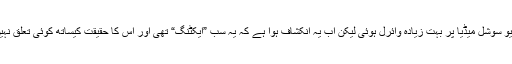
یہ ویڈیو سوشل میڈیا پر بہت زیادہ وائرل ہوئی لیکن اب یہ انکشاف ہوا ہے کہ یہ سب ”ایکٹنگ“ تھی اور اس کا حقیقت کیساتھ کوئی تعلق نہیں ہے۔